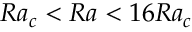
R a _ { c } < R a < 1 6 R a _ { c }